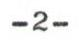
-2-